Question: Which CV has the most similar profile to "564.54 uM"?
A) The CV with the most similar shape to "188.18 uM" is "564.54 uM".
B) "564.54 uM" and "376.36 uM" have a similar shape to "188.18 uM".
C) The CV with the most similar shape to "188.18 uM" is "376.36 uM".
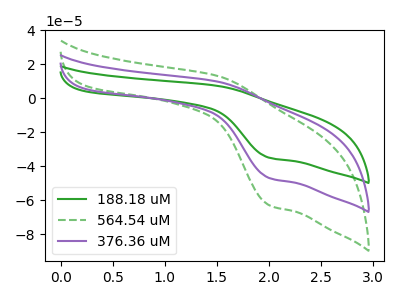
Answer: <think>The green curve "188.18 uM" has an anodic peak at (1.50V, 7.35uA) and a cathodic peak at (2.00V, -35.10uA). The green dashed curve "564.54 uM" has an anodic peak at (1.50V, 19.65uA) and a cathodic peak at (2.00V, -94.15uA). The purple curve "376.36 uM" has an anodic peak at (1.50V, 9.85uA) and a cathodic peak at (2.00V, -47.05uA).
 All the peaks in "188.18 uM" have a peak in "564.54 uM" at the same potential. Every peak in "188.18 uM" is lower than every peak in "564.54 uM". All the peaks in "188.18 uM" have a peak in "376.36 uM" at the same potential. Every peak in "188.18 uM" is lower than every peak in "376.36 uM". All the peaks in "564.54 uM" have a peak in "376.36 uM" at the same potential. Every peak in "564.54 uM" is higher than every peak in "376.36 uM".</think>
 <answer>B) "564.54 uM" and "376.36 uM" have a similar shape to "188.18 uM".</answer>
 <eval>B</eval>